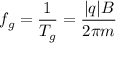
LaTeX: f _ { g } = { \frac { 1 } { T _ { g } } } = { \frac { | q | B } { 2 \pi m } }